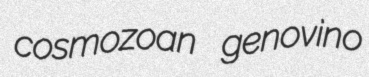
cosmozoan genovino